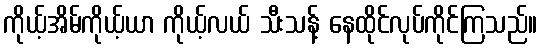
ကိုယ့်အိမ်ကိုယ့်ယာ ကိုယ့်လယ် သီးသန့် နေထိုင်လုပ်ကိုင်ကြသည်။